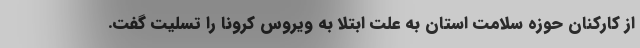
از کارکنان حوزه سلامت استان به علت ابتلا به ویروس کرونا را تسلیت گفت.